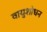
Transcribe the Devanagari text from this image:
वायुशोधन